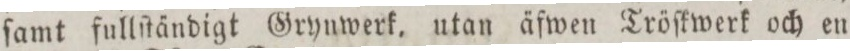
ſamt fullſtändigt Grynwerk, utan äfwen Tröſkwerk och en